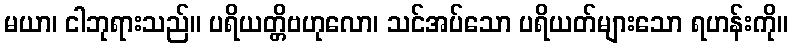
မယာ၊ ငါဘုရားသည်။ ပရိယတ္တိဗဟုလော၊ သင်အပ်သော ပရိယတ်များသော ရဟန်းကို။